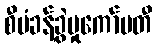
စီမံခန့်ခွဲမှုကော်မတီ